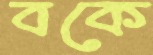
বকে